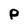
Character: P